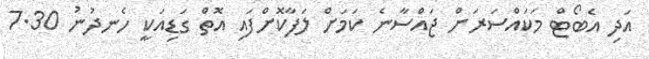
އަދި އެބޯޓް މަކައްސަރަށް ޖައްސާނެ ކަމަށް ލަފާކޮށްފައި އޮތް ގަޑިއަކީ ހެނދުނު 7.30